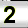
Digit: 2